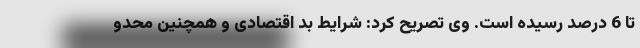
تا 6 درصد رسیده است. وی تصریح کرد: شرایط بد اقتصادی و همچنین محدو